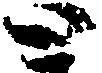
と